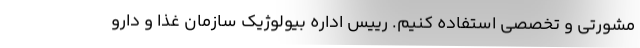
مشورتی و تخصصی استفاده کنیم. رییس اداره بیولوژیک سازمان غذا و دارو